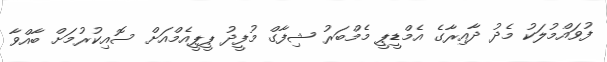
ފުވައްމުލަކު މެދު ދާއިރާގެ އެމްޑީޕީ މެމްބަރު ޝިފާގް މުފީދު ޕީޕީއެމްއަށް ސޮއިކުރުމަށް ބާއްވާ